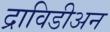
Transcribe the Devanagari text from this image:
द्राविडीअन